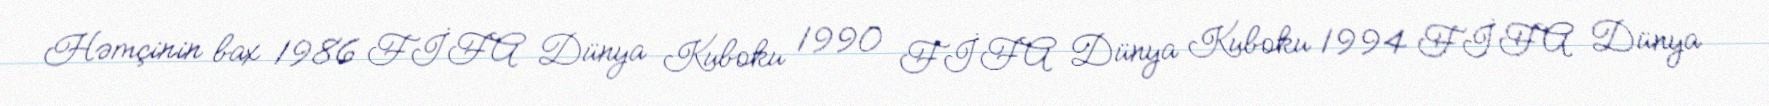
Həmçinin bax 1986 FİFA Dünya Kuboku 1990 FİFA Dünya Kuboku 1994 FİFA Dünya